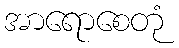
အာရောစေတုံ